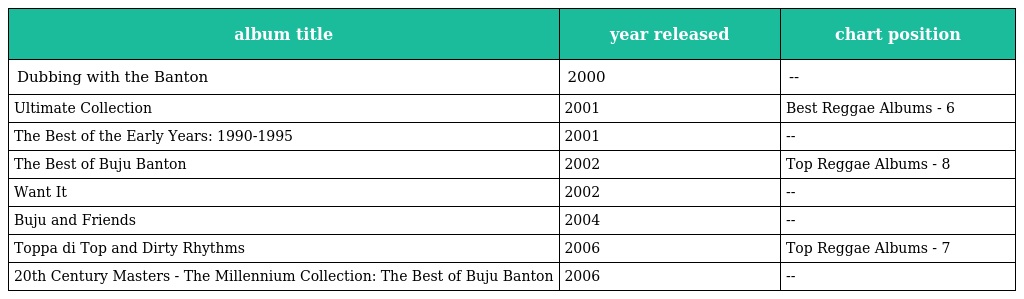
| album title | year released | chart position |
 | --- | --- | --- |
 | Dubbing with the Banton | 2000 | -- |
 | Ultimate Collection | 2001 | Best Reggae Albums - 6 |
 | The Best of the Early Years: 1990-1995 | 2001 | -- |
 | The Best of Buju Banton | 2002 | Top Reggae Albums - 8 |
 | Want It | 2002 | -- |
 | Buju and Friends | 2004 | -- |
 | Toppa di Top and Dirty Rhythms | 2006 | Top Reggae Albums - 7 |
 | 20th Century Masters - The Millennium Collection: The Best of Buju Banton | 2006 | -- |